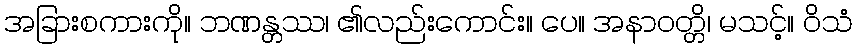
အခြားစကားကို။ ဘဏန္တဿ၊ ၏လည်းကောင်း။ ပေ။ အနာဝတ္တိ၊ မသင့်။ ဝိသံ